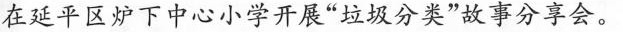
在延平区炉下中心小学开展”垃圾分类”故事分享会。